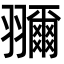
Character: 𦒤